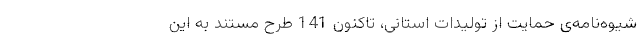
شیوه‌نامه‌ی حمایت از تولیدات استانی، تاکنون 141 طرح مستند به این